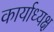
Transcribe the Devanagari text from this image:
कार्याध्‍यक्ष